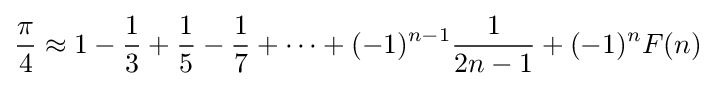
{\frac {\pi }{4}}\approx 1-{\frac {1}{3}}+{\frac {1}{5}}-{\frac {1}{7}}+\cdots +(-1)^{n-1}{\frac {1}{2n-1}}+(-1)^{n}F(n)